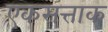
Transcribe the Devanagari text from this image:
एकसत्ताक